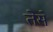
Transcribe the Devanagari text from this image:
तेसे